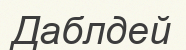
Даблдей